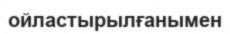
ойластырылғанымен